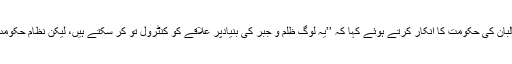
لیکن انھوں نے طالبان کی حکومت کا انکار کرتے ہوئے کہا کہ ’’یہ لوگ ظلم و جبر کی بنیادپر علاقے کو کنٹرول تو کر سکتے ہیں، لیکن نظامِ حکومت نہیں چلا سکتے۔